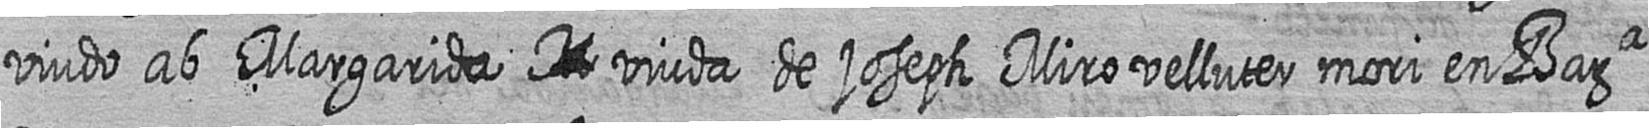
viudo ab Margarida # viuda de joseph Miro velluter mori en Bara